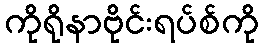
ကိုရိုနာဗိုင်းရပ်စ်ကို